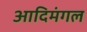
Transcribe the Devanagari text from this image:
आदिमंगल